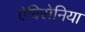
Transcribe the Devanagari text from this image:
ऐविसेनिया